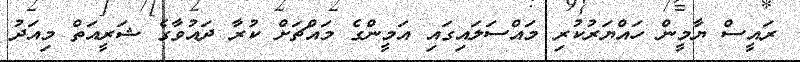
ރައީސް ޔާމީން ހައްޔަރުކުރި މައްސަލައިގައި އަމީންގެ މައްޗަށް ކުރާ ދައުވާގެ ޝަރީއަތް މިއަދު